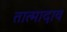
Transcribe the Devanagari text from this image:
तात्मादाव